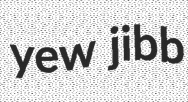
yew jibb